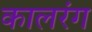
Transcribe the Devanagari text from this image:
कालरंग